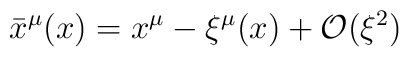
{\bar{x}}^{\mu }(x)=x^{\mu }-\xi ^{\mu }(x)+\mathcal{O}(\xi ^{2})